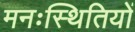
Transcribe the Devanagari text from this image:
मनःस्थितियों